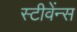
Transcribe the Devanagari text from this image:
स्टीवेंन्स